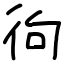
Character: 㣘